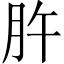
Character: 㬳